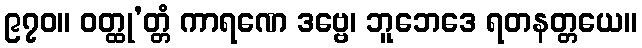
၉၇၀။ ဝတ္ထု’တ္တံ ကာရဏေ ဒဗ္ဗေ၊ ဘူဘေဒေ ရတနတ္တယေ။